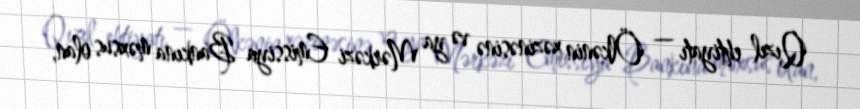
Qızıl ehtiyatı — Ölkənin xəzinəsinə və ya Mərkəzi Emissiya Bankına məxsus olan,